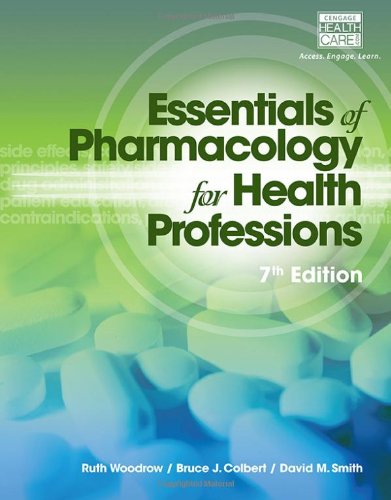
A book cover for Essentials of Pharmacology for Health Professions; Ruth Woodrow; Medical Books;